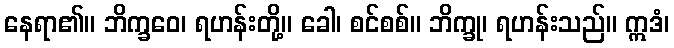
နေရာ၏။ ဘိက္ခဝေ၊ ရဟန်းတို့။ ခေါ၊ စင်စစ်။ ဘိက္ခု၊ ရဟန်းသည်။ ဣဒံ၊